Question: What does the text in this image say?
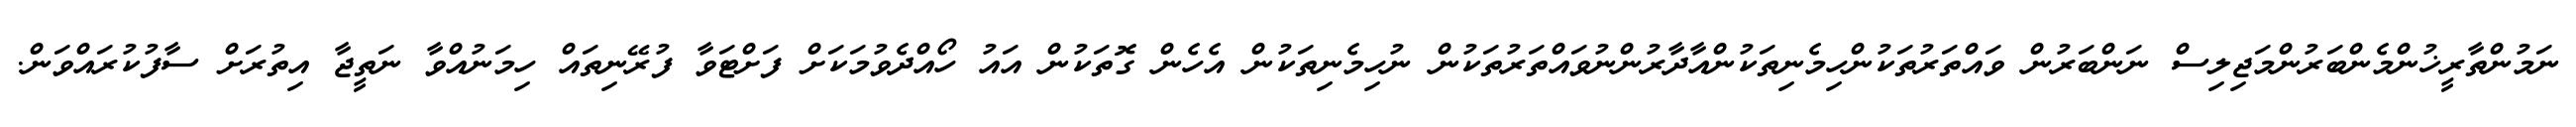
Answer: ނަމުންތާރީޚުންމެންބަރުންމަޖިލިސް ނަންބަރުން ވައްތަރުތަކުންހިމެނިތަކުންއާދާރުންނުވައްތަރުތަކުން ނުހިމެނިތަކުން އެހެން ގޮތަކުން އައު ހޯއްދެވުމަކަށް ފަށްޓަވާ ފުރޭނިތައް ހިމަނުއްވާ ނަތީޖާ އިތުރަށް ސާފުކުރައްވަން.